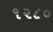
૧૨૮૦